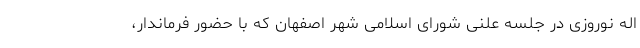
اله نوروزی در جلسه علنی شورای اسلامی شهر اصفهان که با حضور فرماندار،